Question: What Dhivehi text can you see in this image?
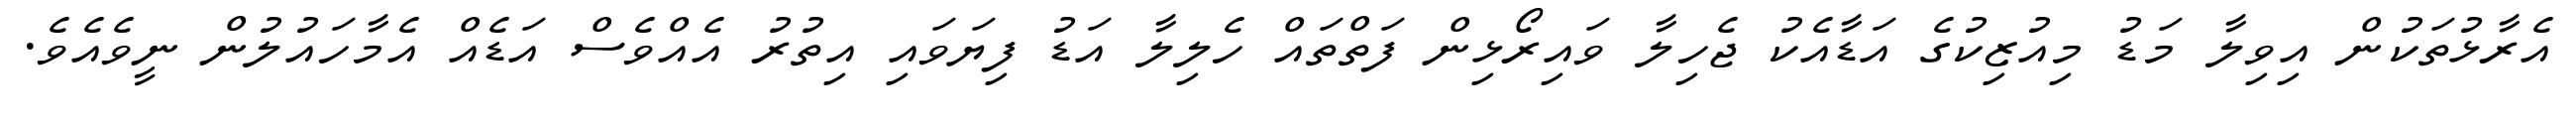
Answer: އެރާޅުތަކުން އިވިލާ މަޑު މިއުޒިކުގެ އަޑާއެކު ޖެހިލާ ވައިރޯޅިން ފަތްތައް ހެލިލާ އަޑު ފިޔަވައި އިތުރު އެއްވެސް އަޑެއް އެމާހައުލުން ނީވެއެވެ.